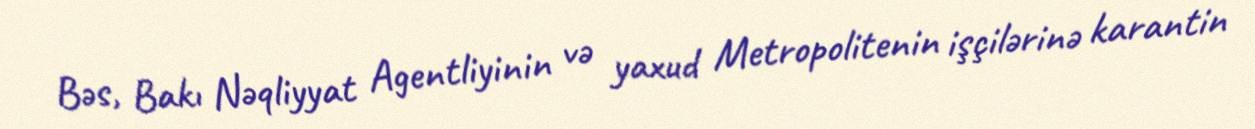
Bəs, Bakı Nəqliyyat Agentliyinin və yaxud Metropolitenin işçilərinə karantin